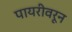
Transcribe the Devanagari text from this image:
पायरीवरून